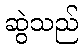
ဆွဲသည်